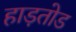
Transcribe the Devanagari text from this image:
हाड़तोड